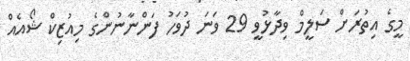
މީގެ އިތުރަށް ސަލީމް ވިދާޅުވީ 29 ވަނަ ދުވަހު ފަންނާނުންގެ މިއުޒިކް ޝޯއެއް